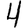
Digit: 4